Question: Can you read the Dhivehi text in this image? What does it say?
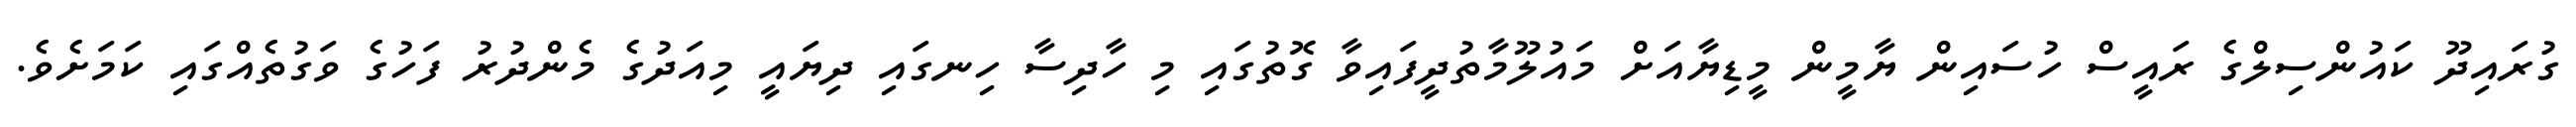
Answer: ގުރައިދޫ ކައުންސިލްގެ ރައީސް ހުސައިން ޔާމީން މީޑިޔާއަށް މައުލޫމާތުދީފައިވާ ގޮތުގައި މި ހާދިސާ ހިނގައި ދިޔައީ މިއަދުގެ މެންދުރު ފަހުގެ ވަގުތެއްގައި ކަމަށެވެ.